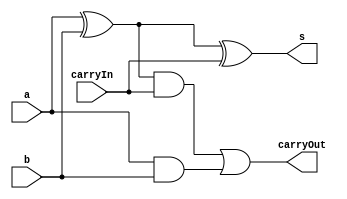
// ---------------------------------- 
// Exemplo0021 - FULL ADDER 
// Nome: Felipe Trres 
// ---------------------------------- 



// ------------------------- 
// full adder
// ------------------------- 

module fullAdder (output s, output carryOut,  input a, input b, input carryIn); 

	
  wire tmp1, tmp2, tmp3;
  
//-- portas 

  xor (tmp1, a, b);   
  and (tmp3, a , b );
  
  and (tmp2, tmp1 , carryIn);  
  
  xor (s , tmp1 , carryIn);
  or (carryOut ,tmp2 ,tmp3 );

endmodule //-- fullAdder

// ------------------------- 
// 4bit full adder 
// ------------------------- 
module fourBitFullAdder(s, carryOut, x, y, carryIn);
  
  output [3:0] s;
  output carryOut;
  input  [3:0] x, y;
  input carryIn;
  wire c1, c2, c3;
  
  //-- portas 
  
  fullAdder FULLADDER0(s[0], c1, x[0], y[0], carryIn);
  fullAdder FULLADDER1(s[1], c2, x[1], y[1], c1);
  fullAdder FULLADDER2(s[2], c3, x[2], y[2], c2);
  fullAdder FULLADDER3(s[3], carryOut, x[3], y[3], c3);
  
endmodule //-- fourbitFullAdder
 

module test_fullAdder; 
// ------------------------- definir dados 
reg [3:0] a; 
reg [3:0] b; 
reg carryIn; 
wire [3:0] soma;
wire carryOut; 

fourBitFullAdder FOURBITFULLADDER0(soma, carryOut, a, b, carryIn);

// ------------------------- parte principal 
  initial
  begin
  $display("Exemplo0021 - Felipe Trres - 412738"); 
  $display("Test ALU's Full Adder:"); 
 
  //-- Mostrar testes
 
  $monitor($time," a = %b b = %b carry in= %b *** carry out = %b Soma = %b\n" , a , b , carryIn,carryOut,soma);
  end
  
  //-- Entradas
  initial
  begin
  a = 4'd2;b = 4'd4; carryIn = 1'b0;


  #5 a = 4'd2;b = 4'd4;
  #5 a = 4'd6;b = 4'd8;
  #5 a = 4'd1;b = 4'd3;
  #5 a = 4'd5;b = 4'd7;
  #5 a = 4'd10;b = 4'd5;
  carryIn = 1'b1;


  end
endmodule //-- test_fullAdder